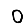
Digit: 0